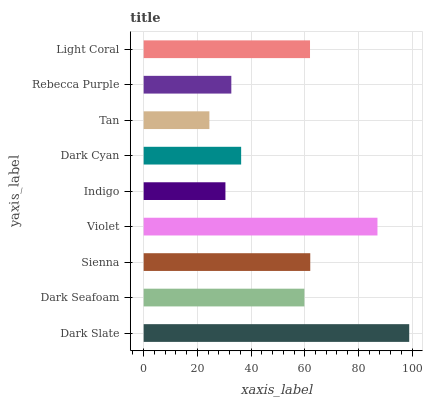
| yaxis_label | bars |
 | --- | --- |
 | Dark Slate | 98.9 |
 | Dark Seafoam | 59.9 |
 | Sienna | 62 |
 | Violet | 87.1 |
 | Indigo | 30.4 |
 | Dark Cyan | 36.3 |
 | Tan | 24.5 |
 | Rebecca Purple | 32.6 |
 | Light Coral | 62 |